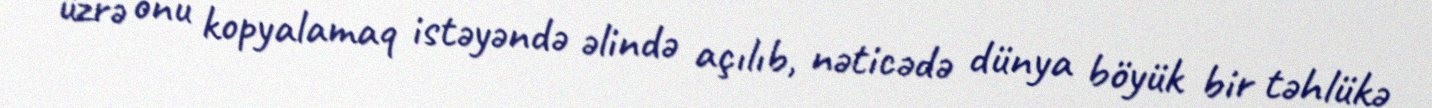
üzrə onu kopyalamaq istəyəndə əlində açılıb, nəticədə dünya böyük bir təhlükə